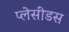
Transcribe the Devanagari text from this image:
प्लेसीडस